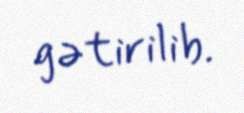
gətirilib.